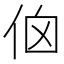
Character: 𠈈